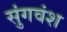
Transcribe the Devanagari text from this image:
सुंगवंश